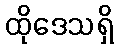
ထိုဒေသရှိ